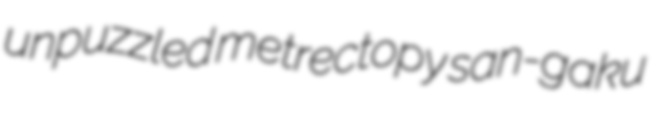
unpuzzled metrectopy san-gaku